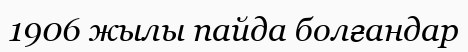
1906 жылы пайда болғандар